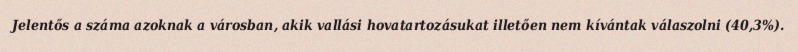
Jelentős a száma azoknak a városban, akik vallási hovatartozásukat illetően nem kívántak válaszolni (40,3%).